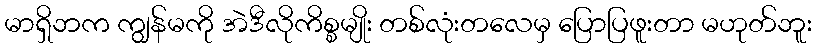
မာရှိဘက ကျွန်မကို အဲဒီလိုကိစ္စမျိုး တစ်လုံးတလေမှ ပြောပြဖူးတာ မဟုတ်ဘူး